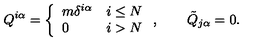
Q ^ { i \alpha } = \left\{ \begin{array} { l l } { m \delta ^ { i \alpha } } & { i \le N } \\ { 0 } & { i > N } \\ \end{array} \right. , \qquad \tilde { Q } _ { j \alpha } = 0 .